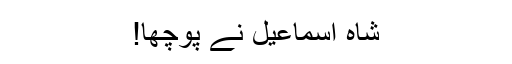
شاہ اسماعیل نے پوچھا!